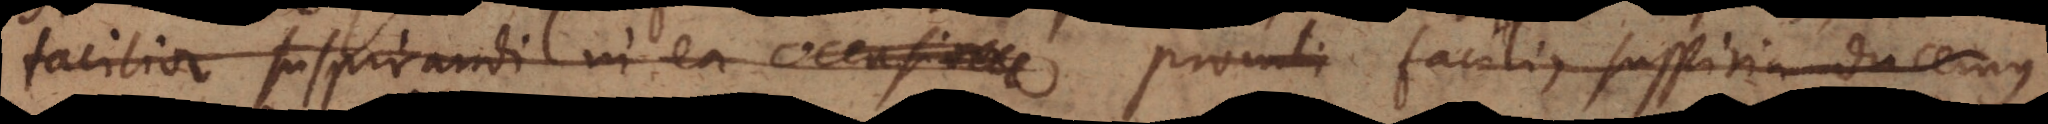
facilior suspirandi vi ea occasione promti facilius suspiria ducemus